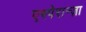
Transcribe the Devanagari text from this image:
एस्पेरान्ज़ा